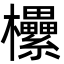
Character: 欙